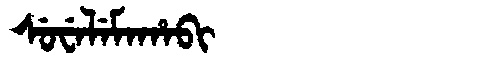
Manchu: ᠰᡠᠸᡝᠯᡝᠮᠠᡥᠠᠪᡳ
Romanization: SUWELEMAHABI